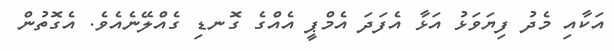
އަކާއި މެދު ފިޔަވަޅު އަޅާ އެފަދަ އެމްޕީ އެއްގެ ގޮނޑި ގެއްލޭނެއެވެ. އެގޮތުން